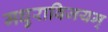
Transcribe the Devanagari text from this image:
मधुराविजयम्